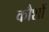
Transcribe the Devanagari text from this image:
कौशों